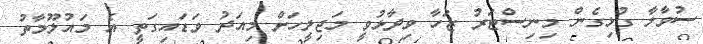
ސުވާލާ ގުޅިގެން މިނިސްޓަރު ޒަހާ ވިދާޅުވީ މަޖިލީހަށް މިއަދު ވަޑައިގަތީ އެ މައުލޫމާތު